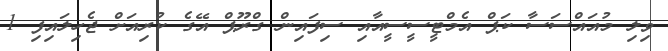
ވިލި މުއައްސަސާ ކަޕް އެމްޓީސީސީއާއި ސިފައިން ގްރޫޕް އޭގެ ކުރިއަށް ޖެހިލައިފި 1